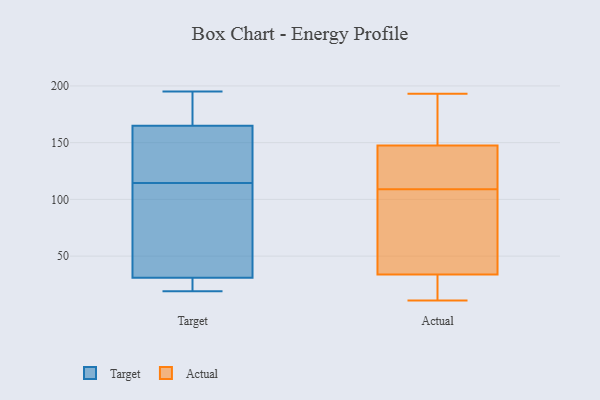
{"axis": {"x": "Operating Costs (USD K)", "y": "Value"}, "legend": ["Actual", "Target"], "data": [{"x": "", "y": 19, "type": "Target"}, {"x": "", "y": 149, "type": "Target"}, {"x": "", "y": 31, "type": "Target"}, {"x": "", "y": 30, "type": "Target"}, {"x": "", "y": 195, "type": "Target"}, {"x": "", "y": 124, "type": "Target"}, {"x": "", "y": 80, "type": "Target"}, {"x": "", "y": 22, "type": "Target"}, {"x": "", "y": 194, "type": "Target"}, {"x": "", "y": 165, "type": "Target"}, {"x": "", "y": 129, "type": "Target"}, {"x": "", "y": 77, "type": "Target"}, {"x": "", "y": 105, "type": "Target"}, {"x": "", "y": 192, "type": "Target"}, {"x": "", "y": 128, "type": "Actual"}, {"x": "", "y": 19, "type": "Actual"}, {"x": "", "y": 193, "type": "Actual"}, {"x": "", "y": 11, "type": "Actual"}, {"x": "", "y": 143, "type": "Actual"}, {"x": "", "y": 52, "type": "Actual"}, {"x": "", "y": 76, "type": "Actual"}, {"x": "", "y": 182, "type": "Actual"}, {"x": "", "y": 191, "type": "Actual"}, {"x": "", "y": 14, "type": "Actual"}, {"x": "", "y": 149, "type": "Actual"}, {"x": "", "y": 39, "type": "Actual"}, {"x": "", "y": 32, "type": "Actual"}, {"x": "", "y": 132, "type": "Actual"}, {"x": "", "y": 109, "type": "Actual"}]}